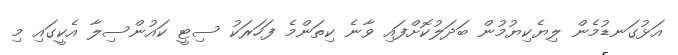
އަޅުގަނޑުމެން ލިޔެކިޔުމުން ބަދަލުކޮށްފައި ވާނެ ކިތަންމެ ފަހަރަކު ސިޓީ ކައުންސިލާ އެކީގައި މި